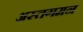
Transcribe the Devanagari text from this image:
अस्तगमन